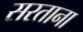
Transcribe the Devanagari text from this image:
सरताना